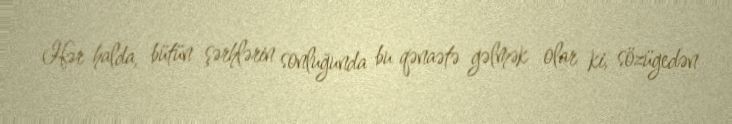
Hər halda, bütün şərhlərin sonluğunda bu qənaətə gəlmək olar ki, sözügedən